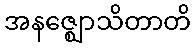
အနဇ္ဈောသိတာတိ